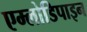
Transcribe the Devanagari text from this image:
एम्लोडिपाइन